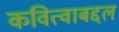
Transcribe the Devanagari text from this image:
कवित्वाबद्दल